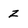
Character: Z